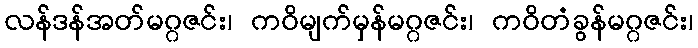
လန်ဒန်အတ်မဂ္ဂဇင်း၊ ကဝိမျက်မှန်မဂ္ဂဇင်း၊ ကဝိတံခွန်မဂ္ဂဇင်း၊